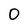
Character: 0